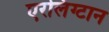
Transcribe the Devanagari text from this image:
एरलिंग्टान